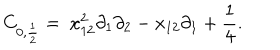
LaTeX: C _ { 0 , \frac { 1 } { 2 } } = \ x _ { 1 2 } ^ { 2 } \partial _ { 1 } \partial _ { 2 } - x _ { 1 2 } \partial _ { 1 } + \frac { 1 } { 4 } .